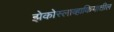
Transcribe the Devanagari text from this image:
झेकोस्लाव्हाकियातील